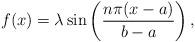
LaTeX: \begin{align*} f(x)=\lambda \sin \left( \frac{n\pi (x-a)}{b-a} \right) , \end{align*}